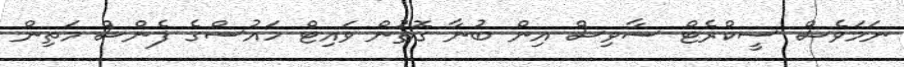
ނަމަވެސް ސީކްރެޓް ސާވިސް އިން ބުނާ ގޮތުން ވައިޓް ހައުސްގެ ފެންސް މަތިން